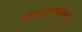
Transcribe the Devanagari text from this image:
प्रकाशनकाल